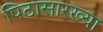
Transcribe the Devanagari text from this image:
पिठासारख्या